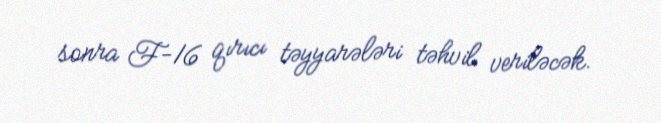
sonra F-16 qırıcı təyyarələri təhvil veriləcək.